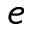
e